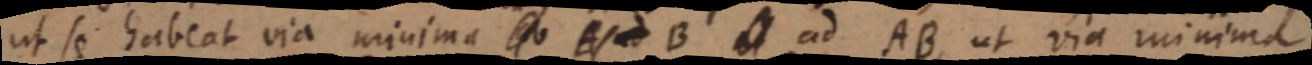
ut se habeat via minima _ B _ ad AB, ut via minima